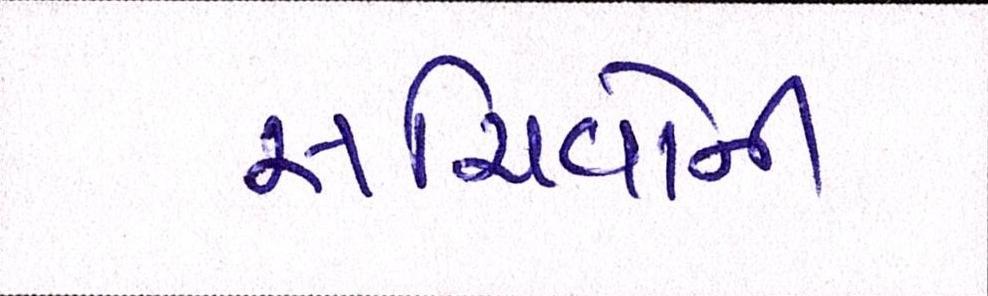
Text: સચિવોની